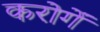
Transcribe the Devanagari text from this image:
करोगें